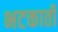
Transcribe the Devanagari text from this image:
भटकाती